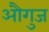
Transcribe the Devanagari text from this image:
औगुज